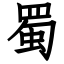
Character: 蜀